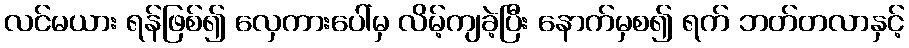
လင်မယား ရန်ဖြစ်၍ လှေကားပေါ်မှ လိမ့်ကျခဲ့ပြီး နောက်မှစ၍ ရက် ဘတ်တလာနှင့်